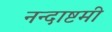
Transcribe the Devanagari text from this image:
नन्दाष्टमी